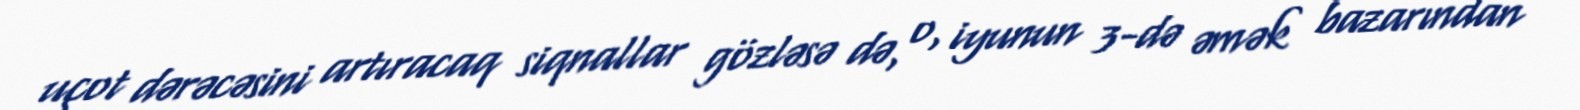
uçot dərəcəsini artıracaq siqnallar gözləsə də, o, iyunun 3-də əmək bazarından